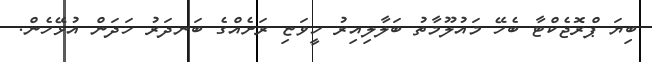
ބިޔަ ޕްރޮޖެކްޓާ ބެހޭ މައުލޫމާތު ބަލާލިއިރު ހީވަޏި ރަށެއްގެ ބަނދަރު ހަދަން އުޅޭހެން.